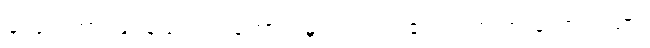
၄၂၃။ ကြားမြင်နည်းပါး၊ ကောင်းမှုရှား၊ လား၏ ငရဲရွာ ဟူူသော ဂါထာ၊